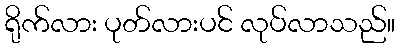
ရိုက်လား ပုတ်လားပင် လုပ်လာသည်။